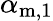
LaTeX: \alpha_{\mathrm{m,1}}